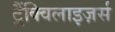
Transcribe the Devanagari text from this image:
ट्रैंक्विलाइज़र्स